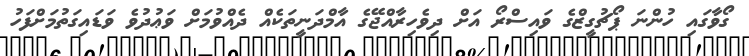
ގޯވާގައި ހުންނަ ޕޯޗުގީޒްގެ ވައިސްރޯ އަށް ދިވެހިރާއްޖޭގެ އާމްދަނީތަކެއް ދެއްވުމަށް ވަޢުދުވެ ވަޑައިގަތުމަށްފަހު